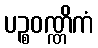
ပဉ္စဝဏ္ဏိကံ